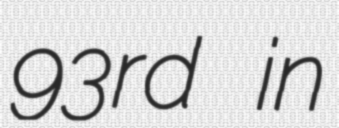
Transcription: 93rd in